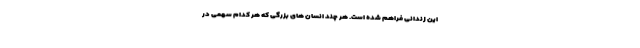
این زندانی فراهم شده است. هر چند انسان های بزرگی که هر کدام سهمی در